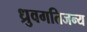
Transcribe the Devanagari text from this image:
ध्रुवगतिजन्य